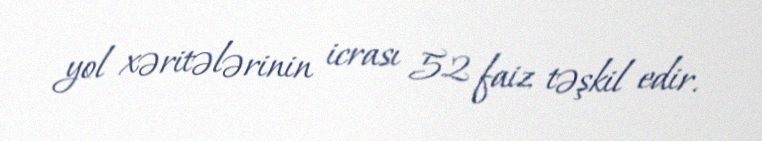
yol xəritələrinin icrası 52 faiz təşkil edir.